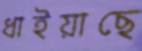
ধাইয়াছে